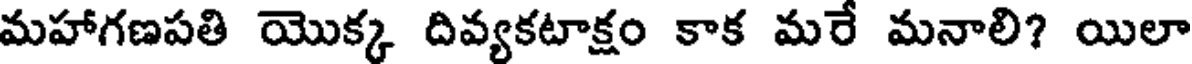
మహాగణపతి యొక్క దివ్యకటాక్షం కాక మరే మనాలి? యిలా